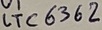
Text: LTC6362